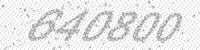
Solution: 640800